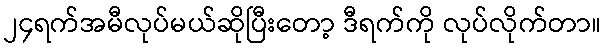
၂၄ရက်အမီလုပ်မယ်ဆိုပြီးတော့ ဒီရက်ကို လုပ်လိုက်တာ။